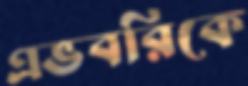
এভবরিকে